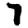
Digit: 7